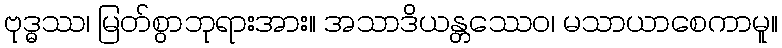
ဗုဒ္ဓဿ၊ မြတ်စွာဘုရားအား။ အသာဒိယန္တဿေဝ၊ မသာယာစေကာမူ။